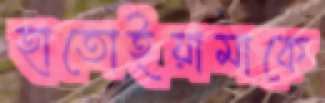
হাতোইয়ামাকে